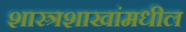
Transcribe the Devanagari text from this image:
शास्त्रशाखांमधील